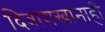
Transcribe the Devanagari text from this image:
दिवाणखानाही